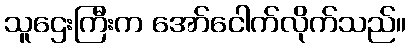
သူဌေးကြီးက အော်ငေါက်လိုက်သည်။